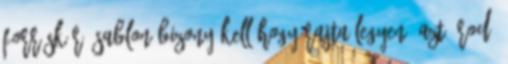
forráskérő sablon bizony KELL hogy rajta legyen. Azt írod,